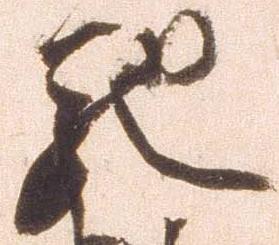
馳